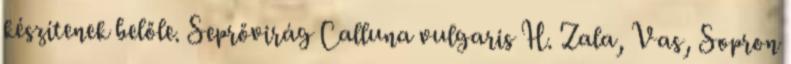
készítenek belőle. Seprővirág Calluna vulgaris H. Zala, Vas, Sopron